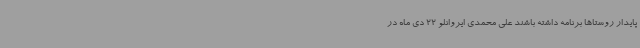
پایدار روستاها برنامه داشته باشند علی محمدی ایروانلو 22 دی ماه در